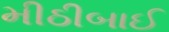
મીઠીબાઈ